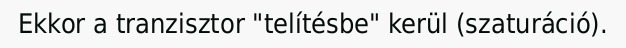
Ekkor a tranzisztor "telítésbe" kerül (szaturáció).